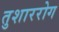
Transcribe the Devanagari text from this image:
तुशाररोग